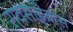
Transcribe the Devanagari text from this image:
रावसाहेबास